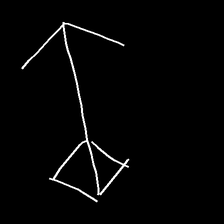
Glyph: focus